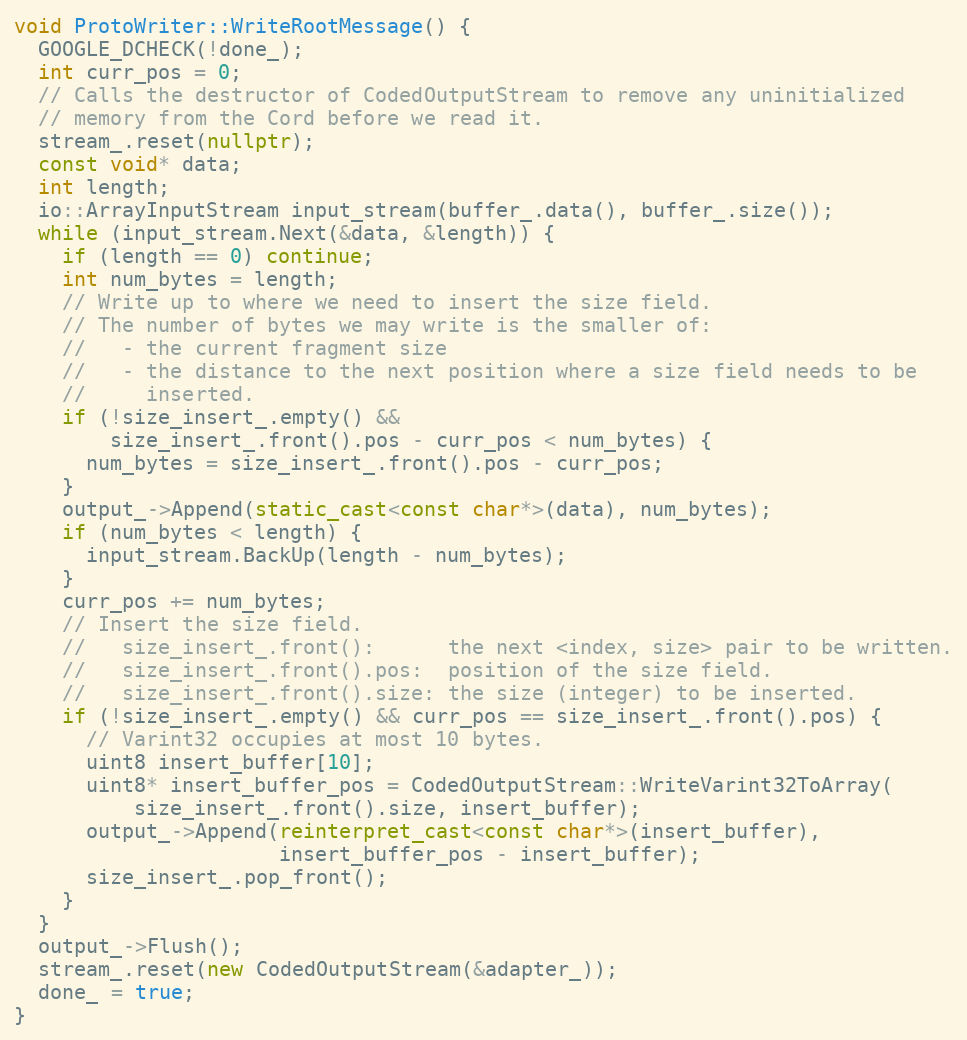
Language: C++
void ProtoWriter::WriteRootMessage() {
  GOOGLE_DCHECK(!done_);
  int curr_pos = 0;
  // Calls the destructor of CodedOutputStream to remove any uninitialized
  // memory from the Cord before we read it.
  stream_.reset(nullptr);
  const void* data;
  int length;
  io::ArrayInputStream input_stream(buffer_.data(), buffer_.size());
  while (input_stream.Next(&data, &length)) {
    if (length == 0) continue;
    int num_bytes = length;
    // Write up to where we need to insert the size field.
    // The number of bytes we may write is the smaller of:
    //   - the current fragment size
    //   - the distance to the next position where a size field needs to be
    //     inserted.
    if (!size_insert_.empty() &&
        size_insert_.front().pos - curr_pos < num_bytes) {
      num_bytes = size_insert_.front().pos - curr_pos;
    }
    output_->Append(static_cast<const char*>(data), num_bytes);
    if (num_bytes < length) {
      input_stream.BackUp(length - num_bytes);
    }
    curr_pos += num_bytes;
    // Insert the size field.
    //   size_insert_.front():      the next <index, size> pair to be written.
    //   size_insert_.front().pos:  position of the size field.
    //   size_insert_.front().size: the size (integer) to be inserted.
    if (!size_insert_.empty() && curr_pos == size_insert_.front().pos) {
      // Varint32 occupies at most 10 bytes.
      uint8 insert_buffer[10];
      uint8* insert_buffer_pos = CodedOutputStream::WriteVarint32ToArray(
          size_insert_.front().size, insert_buffer);
      output_->Append(reinterpret_cast<const char*>(insert_buffer),
                      insert_buffer_pos - insert_buffer);
      size_insert_.pop_front();
    }
  }
  output_->Flush();
  stream_.reset(new CodedOutputStream(&adapter_));
  done_ = true;
}